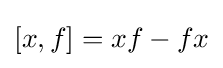
[x,f]=xf-fx